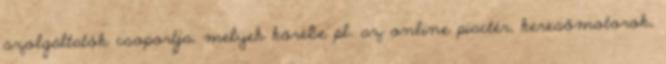
szolgáltatók csoportja, melyek körébe pl. az online piactér, keresőmotorok,